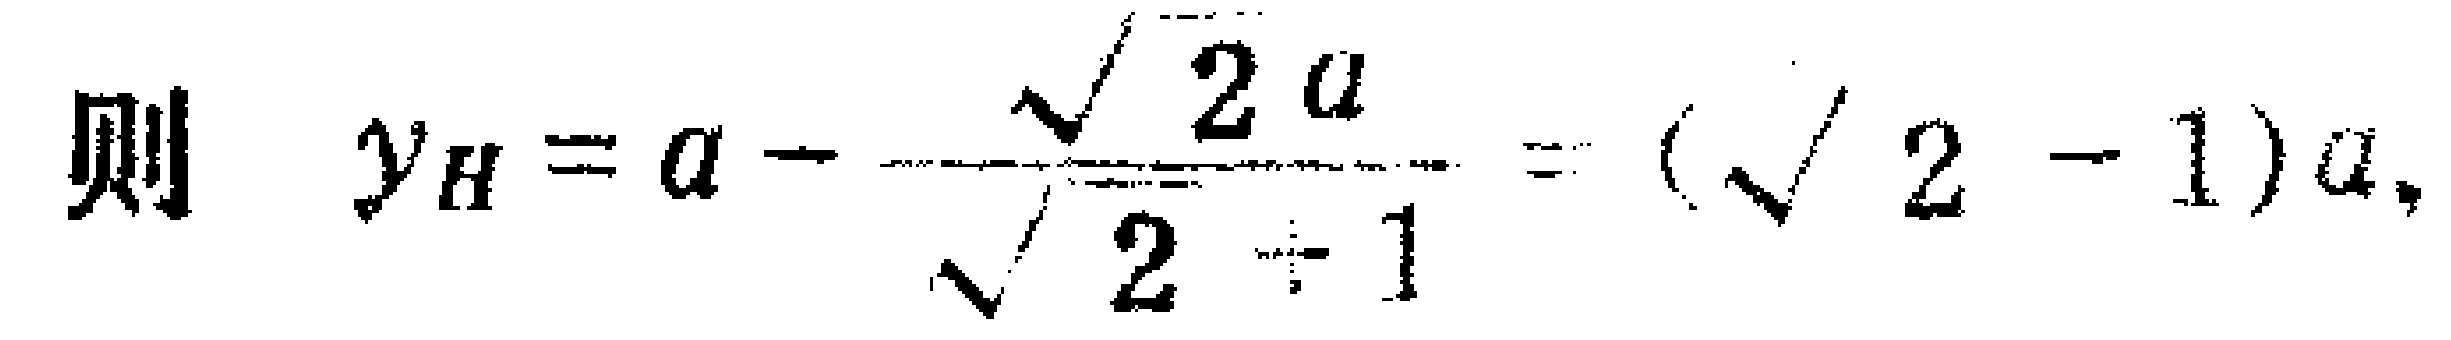
则 \[y_{H}=a - \frac{\sqrt{2}a}{\sqrt{2}+1}=(\sqrt{2}-1)a,\]